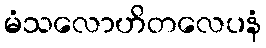
မံသလောဟိတလေပနံ